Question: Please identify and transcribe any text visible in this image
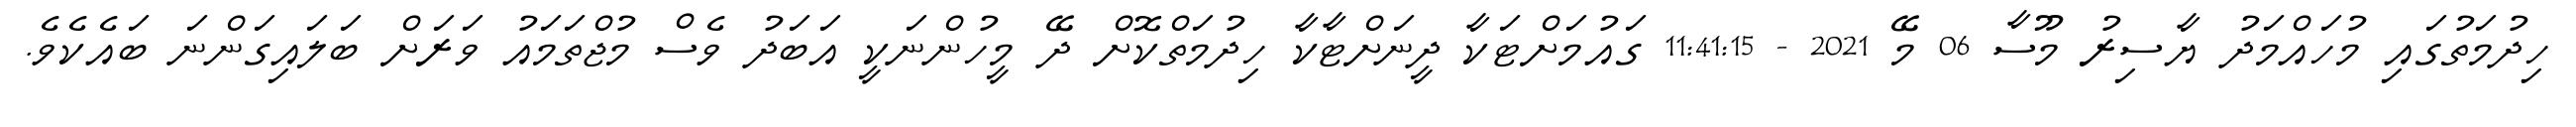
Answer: ހިދުމަތުގައި މުހައްމަދު ޔާސިރު މޫސާ 06 މޭ 2021 - 11:41:15 ގައުމަށްޓަކާ ދީނަށްޓާކާ ހިދުމަތްކޮށް ދޭ މީހުންނަކީ އަބަދު ވެސް މުޖްތަމައު ވަރަށް ބަލައިގަންނަ ބައެކެވެ.